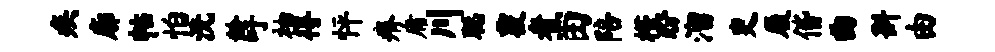
疾廓帖怕洗龄吁袖得怦瘠庸川聪覆煮田陪槿盼溜吏履偕曲斟由